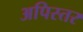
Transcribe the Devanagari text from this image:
अपिस्तर